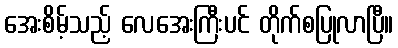
အေးစိမ့်သည့် လေအေးကြီးပင် တိုက်စပြုလာပြီ။